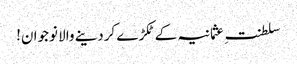
سلطنتِ عثمانیہ کے ٹکڑے کردینے والا نوجوان!